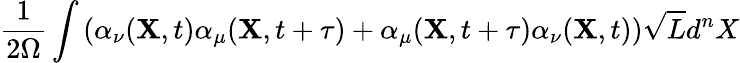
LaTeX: \frac{1}{2\Omega}\int\left(\alpha_{\nu}({\mathbf X},t)\alpha_{\mu}({\mathbf X},t+\tau)+\alpha_{\mu}({\mathbf X},t+\tau)\alpha_{\nu}({\mathbf X},t)\right)\sqrt{L}d^{n}X